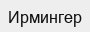
Ирмингер